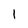
Character: l